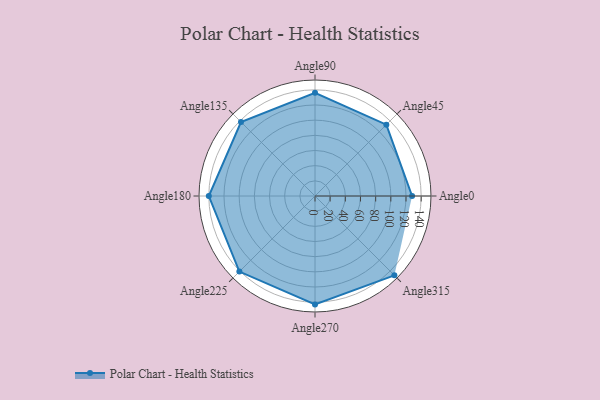
{"axis": {"x": "Angle", "y": "Radius"}, "legend": [""], "data": [{"x": "Angle0", "y": 128.0, "type": ""}, {"x": "Angle45", "y": 133.0, "type": ""}, {"x": "Angle90", "y": 136.0, "type": ""}, {"x": "Angle135", "y": 138.0, "type": ""}, {"x": "Angle180", "y": 140.0, "type": ""}, {"x": "Angle225", "y": 141.0, "type": ""}, {"x": "Angle270", "y": 143.0, "type": ""}, {"x": "Angle315", "y": 148.0, "type": ""}]}